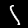
Label: 1